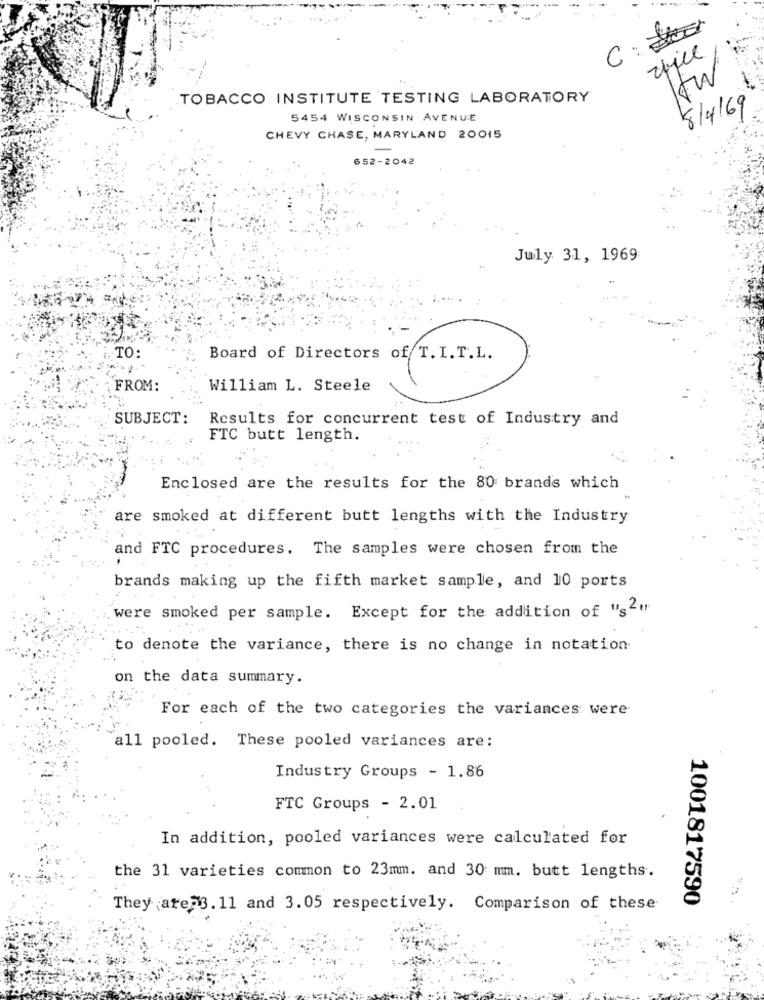
C: Ster
spice
TOBACCO INSTITUTE TESTING LABORATORY
8/4/69
5454 WISCONSIN AVENUE
CHEVY CHASE, MARYLAND 20015
652-2042
July 31, 1969
TO:
Board of Directors of T. I.T.L.
FROM:
William L. Steele
SUBJECT:
Results for concurrent test of Industry and
FTC butt length.
Enclosed are the results for the 80 brands which
are smoked at different butt lengths with the Industry
and FTC procedures. The samples were chosen from the
brands making up the fifth market sample, and 10 ports
were smoked per sample. Except for the addition of "s2"
to denote the variance, there is no change in notation
on the data summary.
For each of the two categories the variances were
all pooled. These pooled variances are:
Industry Groups - 1.86
FTC Groups - 2.01
In addition, pooled variances were calculated for
the 31 varieties common to 23mm. and 30 mm. butt lengths.
1001817590
They are 3.11 and 3.05 respectively. Comparison of these